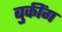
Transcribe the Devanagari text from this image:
बुकींग